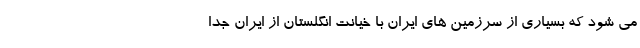
می شود که بسیاری از سرزمین های ایران با خیانت انگلستان از ایران جدا